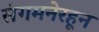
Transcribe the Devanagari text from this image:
संगमनेरहून